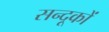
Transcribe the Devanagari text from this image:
सन्दूकों